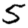
Digit: 5